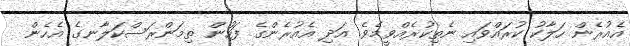
އެއުރެން ހަލާކު ކުރައްވައި ނެތިކުރެއްވީމެވެ. އަދި އެއުރެންގެ ފަހުން ތިމަންރަސްކަލާނގެ އެހެން